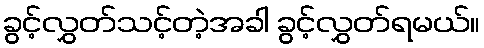
ခွင့်လွှတ်သင့်တဲ့အခါ ခွင့်လွှတ်ရမယ်။